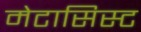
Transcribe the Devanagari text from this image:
मेटासिस्ट